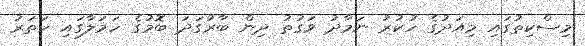
މިސްކިތުގައި މިއަދުގެ ހުކުރު ނަމާދު ވަގުތު ދިން ބާރުގަދަ ބޮމުގެ ހަމަލާގައި ހަތަރު